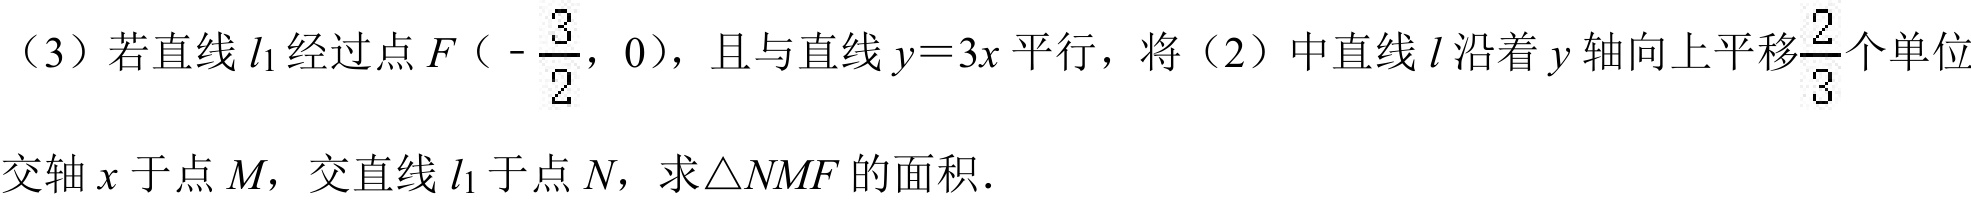
（3）若直线\(l_{1}\)经过点\(F（-\frac{3}{2}，0）\)，且与直线\(y = 3x\)平行，将（2）中直线\(l\)沿着\(y\)轴向上平移\(\frac{2}{3}\)个单位
交轴\(x\)于点\(M\)，交直线\(l_{1}\)于点\(N\)，求\(\triangle NMF\)的面积．